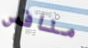
منافس